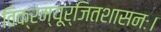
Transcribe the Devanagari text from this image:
विक्रम्यूर्जितशासनः।